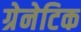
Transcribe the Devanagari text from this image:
ग्रेनेटिक